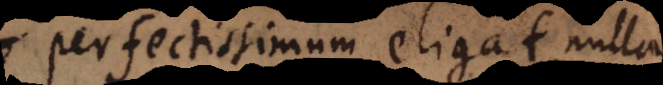
perfectissimum eligat, nulla